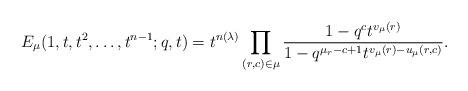
LaTeX: \begin{align*}E_\mu(1,t,t^2, \ldots, t^{n-1};q,t) &= t^{n(\lambda)}\prod_{(r,c) \in \mu} \frac{1-q^c t^{v_\mu(r)} } {1-q^{\mu_r-c+1} t^{v_\mu(r)- u_\mu(r,c) } } .\end{align*}